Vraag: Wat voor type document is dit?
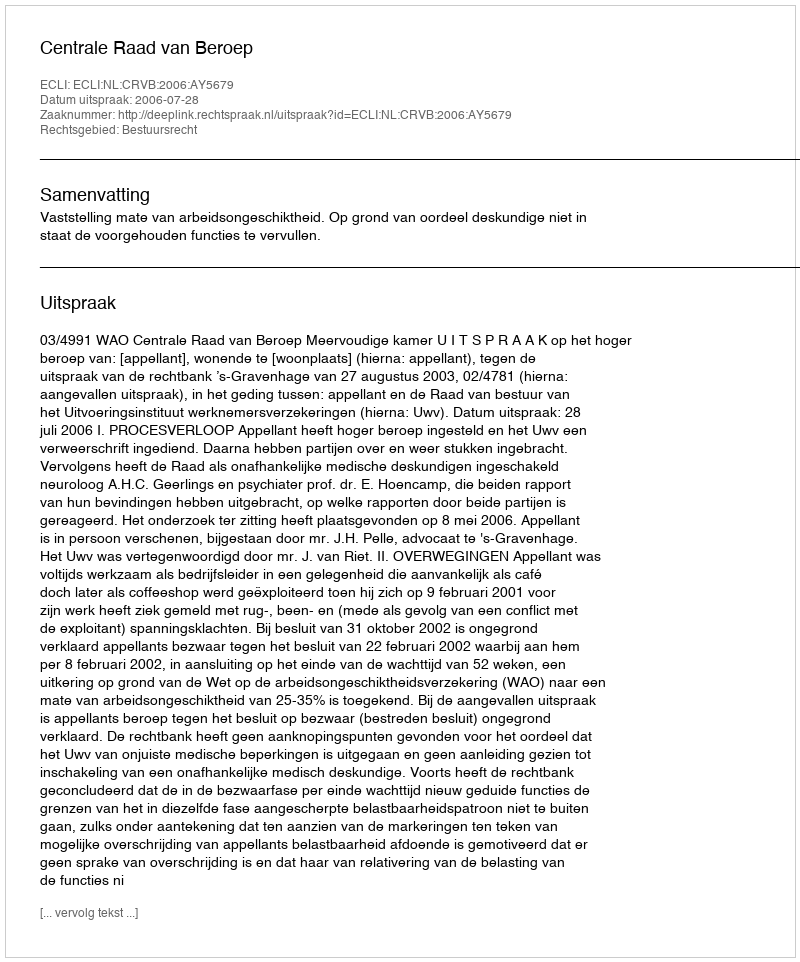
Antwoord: Uitspraak